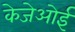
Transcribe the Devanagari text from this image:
केजेओई